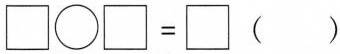
\Box \bigcirc \Box = \Box ()